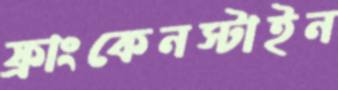
ফ্রাংকেনস্টাইন